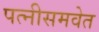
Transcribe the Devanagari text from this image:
पत्नीसमवेत